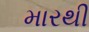
મારથી